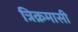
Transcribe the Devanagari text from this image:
त्रिक्रमासी